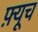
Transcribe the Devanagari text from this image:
फ़्यूच